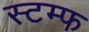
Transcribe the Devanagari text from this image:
स्टम्फ